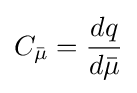
C_{\bar {\mu }}={\frac {dq}{d{\bar {\mu }}}}